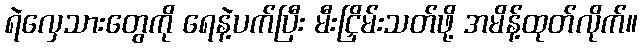
ရဲလှေသားတွေကို ရေနဲ့ပက်ပြီး မီးငြှိမ်းသတ်ဖို့ အမိန့်ထုတ်လိုက်။